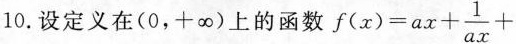
10.设定义在(0，+\infty)上的函数 $$f(x)=ax+ \frac{1}{ax}+$$